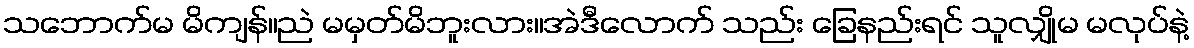
သဘောက်မ မိကျန်။ညဲ မမှတ်မိဘူးလား။အဲဒီလောက် သည်း ခြေနည်းရင် သူလျှိုမ မလုပ်နဲ့